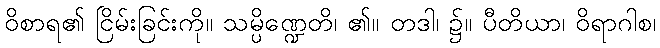
ဝိစာရ၏ ငြိမ်းခြင်းကို။ သမ္ပိဏ္ဍေတိ၊ ၏။ တဒါ၊ ၌။ ပီတိယာ၊ ဝိရာဂါစ၊